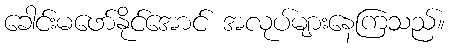
ခေါင်းမဖော်နိုင်အောင် အလုပ်များနေကြသည်။